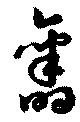
舊